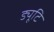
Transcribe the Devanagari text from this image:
ड्यूटि